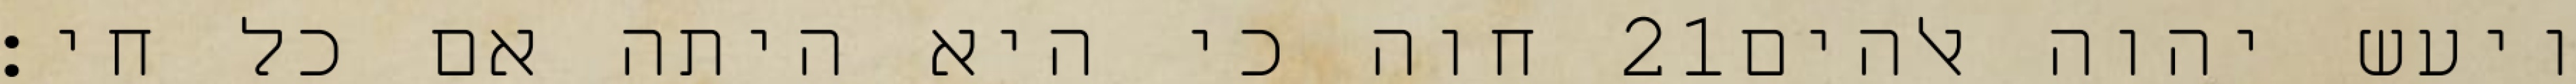
חוה כי היא היתה אם כל חי׃ ‎21‏ ויעש יהוה אלהים